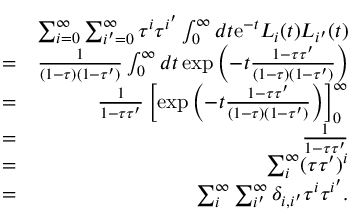
\begin{array} { r l r } & { } & { \sum _ { i = 0 } ^ { \infty } \sum _ { i ^ { \prime } = 0 } ^ { \infty } \tau ^ { i } \tau ^ { i ^ { \prime } } \int _ { 0 } ^ { \infty } d t \mathrm { e } ^ { - t } L _ { i } ( t ) L _ { i ^ { \prime } } ( t ) } \\ & { = } & { \frac { 1 } { ( 1 - \tau ) ( 1 - \tau ^ { \prime } ) } \int _ { 0 } ^ { \infty } d t \exp \left( - t \frac { 1 - \tau \tau ^ { \prime } } { ( 1 - \tau ) ( 1 - \tau ^ { \prime } ) } \right) } \\ & { = } & { \frac { 1 } { 1 - \tau \tau ^ { \prime } } \left[ \exp \left( - t \frac { 1 - \tau \tau ^ { \prime } } { ( 1 - \tau ) ( 1 - \tau ^ { \prime } ) } \right) \right] _ { 0 } ^ { \infty } } \\ & { = } & { \frac { 1 } { 1 - \tau \tau ^ { \prime } } } \\ & { = } & { \sum _ { i } ^ { \infty } ( \tau \tau ^ { \prime } ) ^ { i } } \\ & { = } & { \sum _ { i } ^ { \infty } \sum _ { i ^ { \prime } } ^ { \infty } \delta _ { i , i ^ { \prime } } \tau ^ { i } \tau ^ { i ^ { \prime } } . } \end{array}